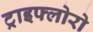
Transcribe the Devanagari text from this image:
ट्राइफ्लोरो